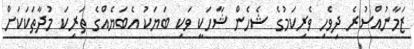
ޒަމާނުއްސުރެ ދިވެހި ވެރިކަމުގެ ޝެހެން ޝާހަކީ ވަކި ބަޔަކު އެބަޔެއްގެ ތަރިކަ މުދާތަކަކަށް